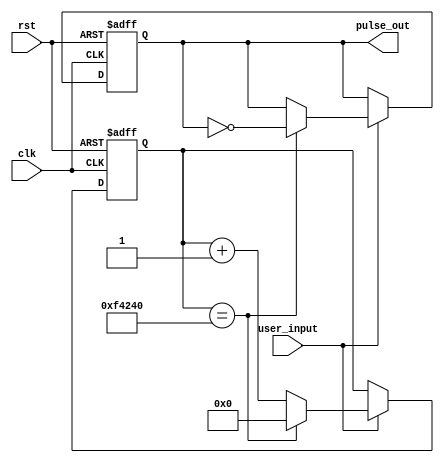
module VariableFrequencyPulseGenerator (
    input wire clk,         // Clock signal
    input wire rst,         // Reset signal
    input wire user_input,  // User input for frequency adjustment
    
    output reg pulse_out    // Output pulse signal
);

reg [31:0] count = 0;       // Counter for timing control
reg sync_flag = 0;          // Synchronization flag

always @(posedge clk or posedge rst) begin
    if (rst) begin
        count <= 0;
        pulse_out <= 0;
        sync_flag <= 0;
    end else begin
        if (user_input) begin
            count <= count + 1;
            if (count == 1000000) begin // Adjust based on desired frequency
                pulse_out <= ~pulse_out;
                count <= 0;
            end
        end
        
        sync_flag <= 1; // Synchronize pulses with external signals
    end
end

endmodule